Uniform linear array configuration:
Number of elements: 24
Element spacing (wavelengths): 0.25
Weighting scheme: cosine
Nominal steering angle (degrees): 45
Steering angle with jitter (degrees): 45.564
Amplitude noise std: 0.05
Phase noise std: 0.05

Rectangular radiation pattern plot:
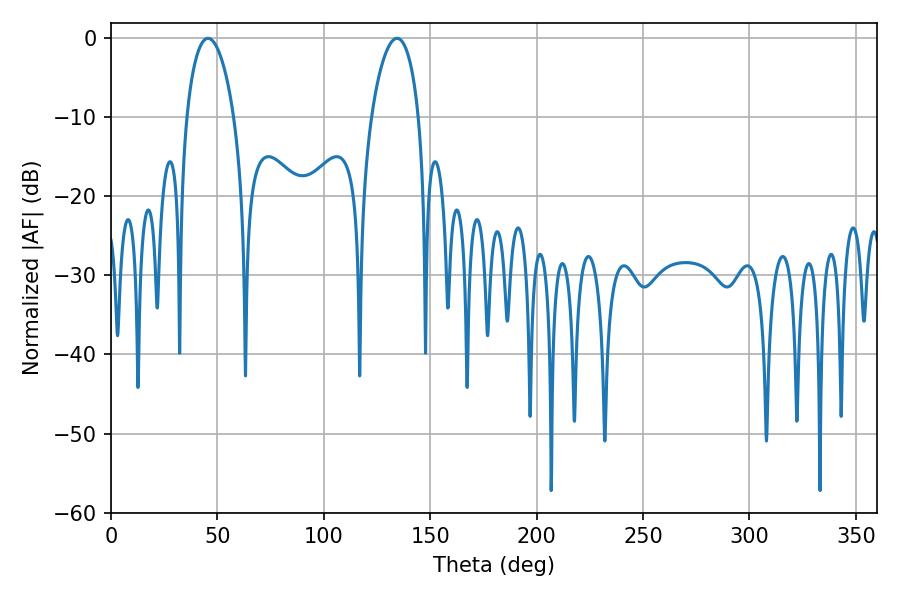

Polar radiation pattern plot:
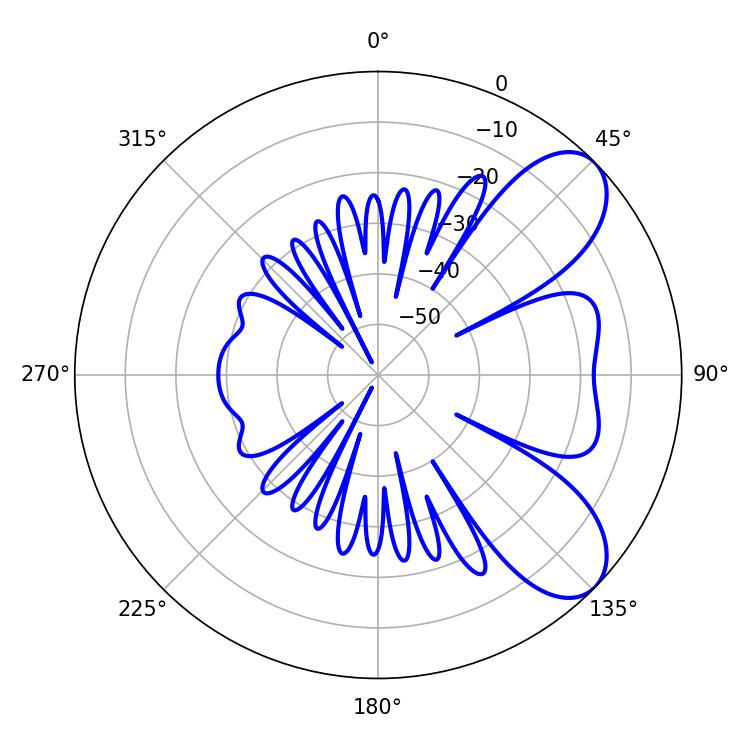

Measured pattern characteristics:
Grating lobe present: FALSE
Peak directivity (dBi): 7.54
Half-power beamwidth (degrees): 12.6
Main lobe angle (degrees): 45.54